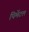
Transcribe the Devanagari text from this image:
पिमेंटल